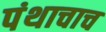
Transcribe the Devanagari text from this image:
पंथाचाच